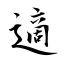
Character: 適